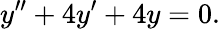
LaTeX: y^{\prime\prime}+4y^{\prime}+4y=0.